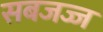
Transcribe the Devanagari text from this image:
सबजज्ज